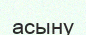
асыну